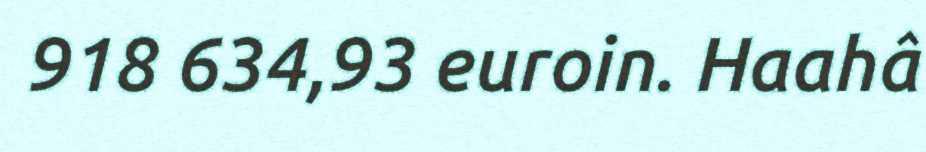
918 634,93 euroin. Haahâ